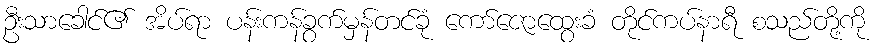
ဦးသာခေါင်၏ အိပ်ရာ ပန်းကန်ခွက်မှန်တင်ခုံ ကော်ဇောထွေးခံ တိုင်ကပ်နာရီ စသည်တို့ကို